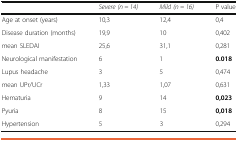
<table><thead><tr><td>[EMPTY_CELL]</td><td><b><i>Severe (n = 14)</i></b></td><td><b><i>Mild (n = 16)</i></b></td><td><b>P value</b></td></tr></thead><tbody><tr><td>Age at onset (years)</td><td>10,3</td><td>12,4</td><td>0,4</td></tr><tr><td>Disease duration (months)</td><td>19,9</td><td>10</td><td>0,402</td></tr><tr><td>mean SLEDAI</td><td>25,6</td><td>31,1</td><td>0,281</td></tr><tr><td>Neurological manifestation</td><td>6</td><td>1</td><td><b>0.018</b></td></tr><tr><td>Lupus headache</td><td>3</td><td>5</td><td>0,474</td></tr><tr><td>mean UPr/UCr</td><td>1,33</td><td>1,07</td><td>0,631</td></tr><tr><td>Hematuria</td><td>9</td><td>14</td><td><b>0,023</b></td></tr><tr><td>Pyuria</td><td>8</td><td>15</td><td><b>0,018</b></td></tr><tr><td>Hypertension</td><td>5</td><td>3</td><td>0,294</td></tr></tbody></table>